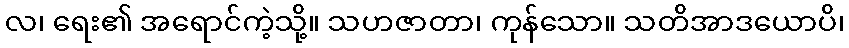
လ၊ ရေး၏ အရောင်ကဲ့သို့။ သဟဇာတာ၊ ကုန်သော။ သတိအာဒယောပိ၊